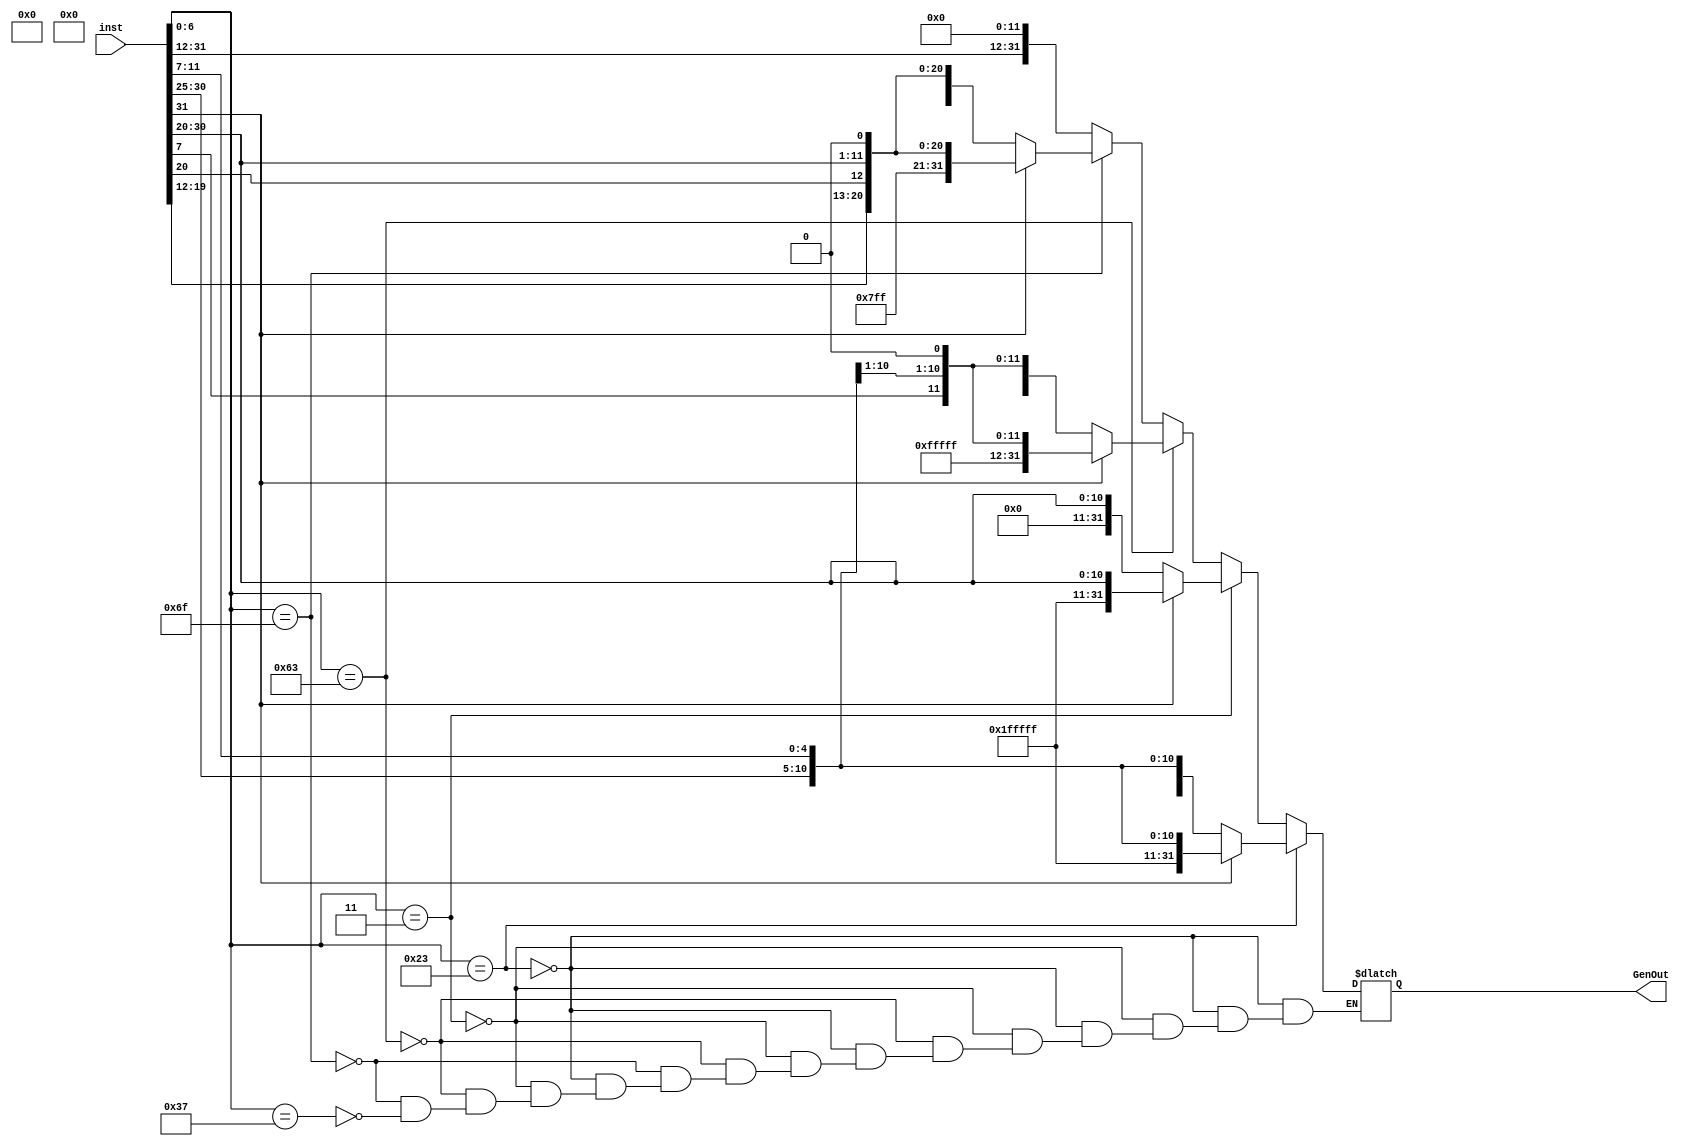
module immGen (
   input [31:0] inst,
   output reg [31:0] GenOut
);

   // Concatenate the bits as intended
   always @* begin
      
            if (inst[6:0] == 7'b0100011) begin // S - type
    GenOut = (inst[31] == 1'b1) ? {{20{1'b1}}, inst[31:25], inst[11:7]} : {{20{1'b0}}, inst[31:25], inst[11:7]};
   end else if (inst[6:0] == 7'b0000011) begin // I - type
    GenOut = (inst[31] == 1'b1) ? {{20{1'b1}}, inst[31:20]} : {{20{1'b0}}, inst[31:20]};
   end else if (inst[6:0] == 7'b1100011) begin // B - type
    GenOut = (inst[31] == 1'b1) ? {{21{1'b1}}, inst[31], inst[7], inst[30:25], inst[11:8], 1'b0} : {{21{1'b0}}, inst[31], inst[7], inst[30:25], inst[11:8],1'b0};
   end else if (inst[6:0] == 7'b1101111) begin // J - type
    GenOut = (inst[31] == 1'b1) ? {{11{1'b1}}, inst[31], inst[19:12], inst[20], inst[30:20], 1'b0} : {{11{1'b0}}, inst[31], inst[19:12], inst[20], inst[30:20], 1'b0};
   end else if (inst[6:0] == 7'b0110111) begin // U - type
    GenOut = {inst[31:12], {12{1'b0}}};
   end 
   end

endmodule